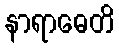
နာရာဓေတိ